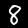
Label: 8